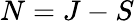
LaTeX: N=J-S